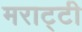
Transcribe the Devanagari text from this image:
मराट्टी